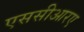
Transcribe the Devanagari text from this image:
एससीआरए